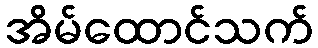
အိမ်ထောင်သက်